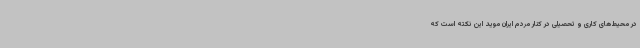
در محیط‌های کاری و تحصیلی در کنار مردم ایران موید این نکته است که